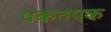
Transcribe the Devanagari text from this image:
पकतपक